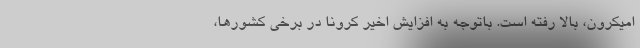
اُمیکرون، بالا رفته است. باتوجه به افزایش اخیر کرونا در برخی کشورها،